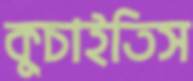
কুচাইতিস